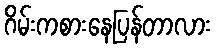
ဂိမ်းကစားနေပြန်တာလား